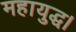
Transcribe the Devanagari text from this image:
महायुद्ध।